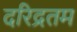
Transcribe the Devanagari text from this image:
दरिद्रतम